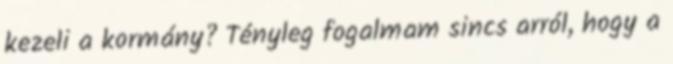
kezeli a kormány? Tényleg fogalmam sincs arról, hogy a